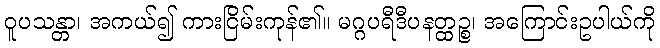
ဝူပသန္တာ၊ အကယ်၍ ကားငြိမ်းကုန်၏။ မဂ္ဂပရီဒီပနတ္ထဉ္စ၊ အကြောင်းဥပါယ်ကို